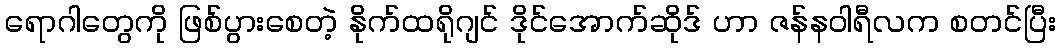
ရောဂါတွေကို ဖြစ်ပွားစေတဲ့ နိုက်ထရိုဂျင် ဒိုင်အောက်ဆိုဒ် ဟာ ဇန်နဝါရီလက စတင်ပြီး